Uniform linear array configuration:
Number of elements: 8
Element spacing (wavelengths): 0.75
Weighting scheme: uniform
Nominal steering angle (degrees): -60
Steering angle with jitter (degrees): -58.999
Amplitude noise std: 0.05
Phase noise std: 0.05

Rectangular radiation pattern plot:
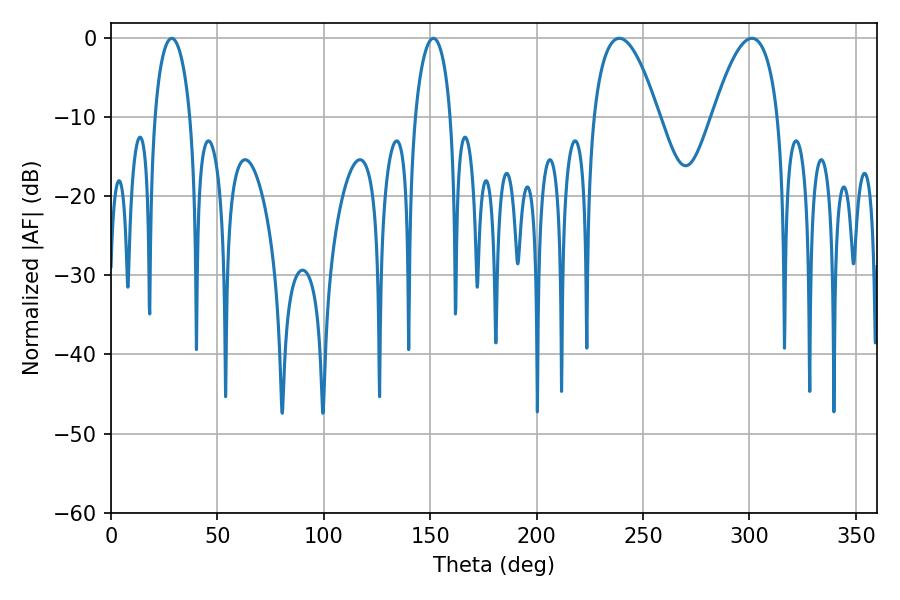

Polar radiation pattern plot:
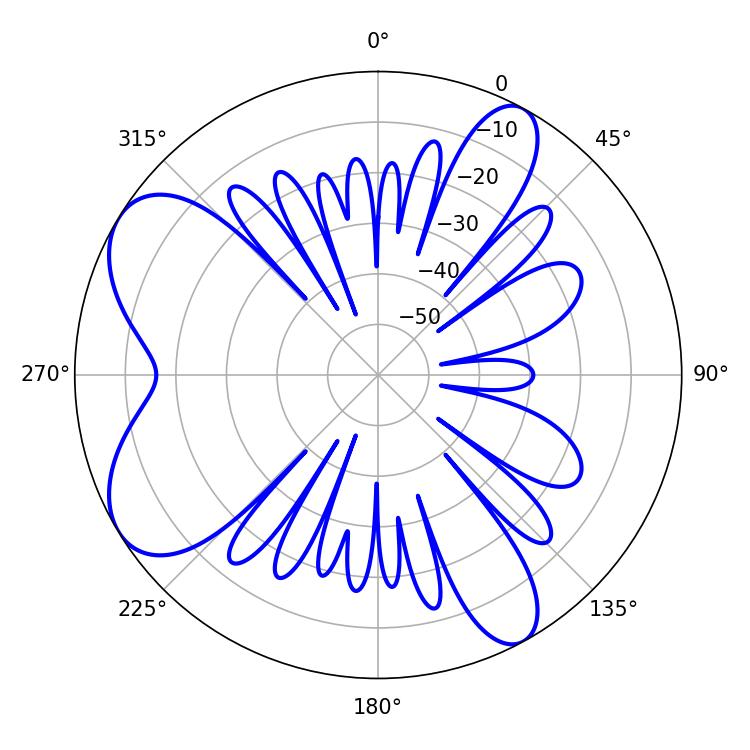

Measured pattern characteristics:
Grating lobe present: TRUE
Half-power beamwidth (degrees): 16.92
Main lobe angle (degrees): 238.86